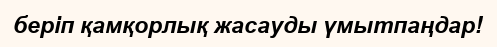
беріп қамқорлық жасауды үмытпаңдар!